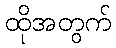
ထိုအတွက်